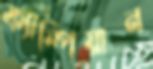
ক্যাম্পিয়ান